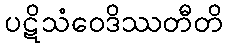
ပဋိသံဝေဒိဿတီတိ